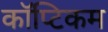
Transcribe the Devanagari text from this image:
कॉप्टिकम